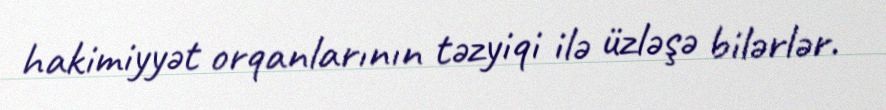
hakimiyyət orqanlarının təzyiqi ilə üzləşə bilərlər.